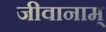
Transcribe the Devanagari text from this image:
जीवानाम्‌